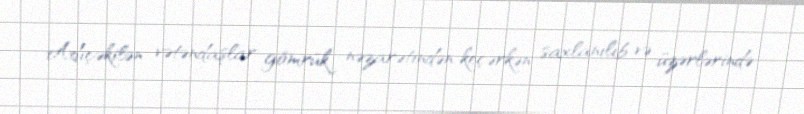
Adıçəkilən vətəndaşlar gömrük nəzarətindən keçərkən saxlanılıb və üzərlərində